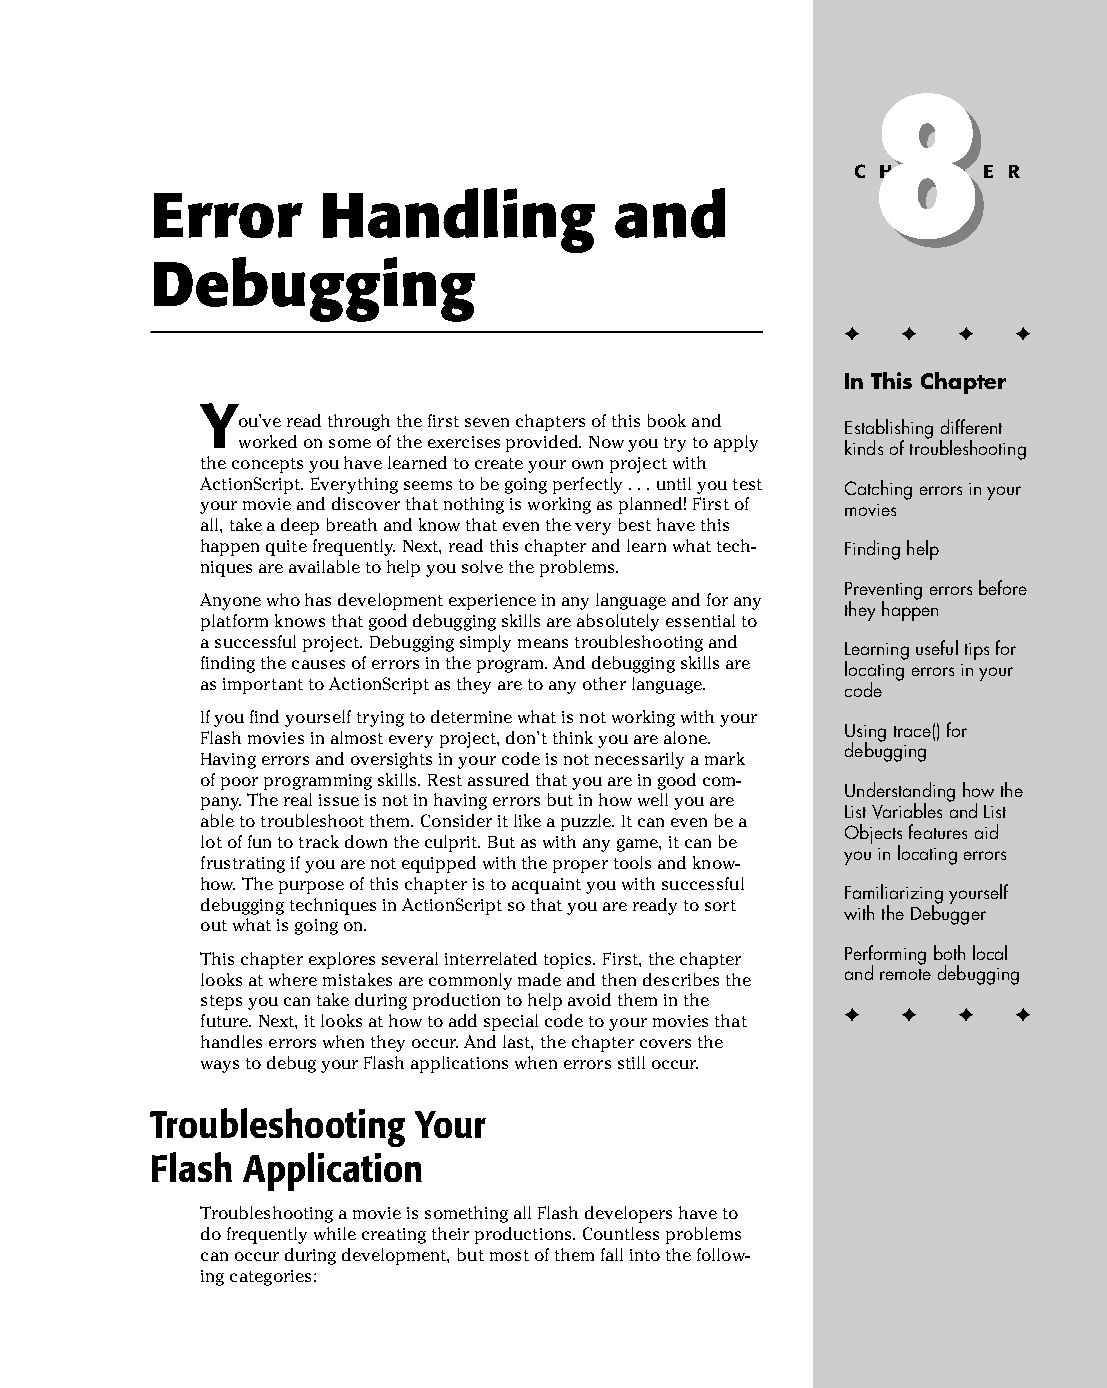
11 543547 ch08.qxd 3/24/04 3:49 PM Page 185
 8
 8
 C H A P T E R
 Error      Handling            and
 Debugging
 ✦  ✦ ✦  ✦
 In This Chapter
 Y
 ou’ve read through the first seven chapters of this book and
 Establishing different
 worked on some of the exercises provided. Now you try to apply
 kinds of troubleshooting
 the concepts you have learned to create your own project with
 ActionScript. Everything seems to be going perfectly . . . until you test Catching errors in your
 your movie and discover that nothing is working as planned! First of movies
 all, take a deep breath and know that even the very best have this
 happen quite frequently. Next, read this chapter and learn what tech­ Finding help
 niques are available to help you solve the problems.
 Preventing errors before
 Anyone who has development experience in any language and for any
 they happen
 platform knows that good debugging skills are absolutely essential to
 a successful project. Debugging simply means troubleshooting and
 Learning useful tips for
 finding the causes of errors in the program. And debugging skills are
 locating errors in your
 as important to ActionScript as they are to any other language.
 code
 If you find yourself trying to determine what is not working with your
 Using trace() for
 Flash movies in almost every project, don’t think you are alone.
 debugging
 Having errors and oversights in your code is not necessarily a mark
 of poor programming skills. Rest assured that you are in good com­
 Understanding how the
 pany. The real issue is not in having errors but in how well you are
 List Variables and List
 able to troubleshoot them. Consider it like a puzzle. It can even be a
 Objects features aid
 lot of fun to track down the culprit. But as with any game, it can be
 you in locating errors
 frustrating if you are not equipped with the proper tools and know­
 how. The purpose of this chapter is to acquaint you with successful
 Familiarizing yourself
 debugging techniques in ActionScript so that you are ready to sort
 with the Debugger
 out what is going on.
 This chapter explores several interrelated topics. First, the chapter Performing both local
 looks at where mistakes are commonly made and then describes the and remote debugging
 steps you can take during production to help avoid them in the
 ✦  ✦ ✦  ✦
 future. Next, it looks at how to add special code to your movies that
 handles errors when they occur. And last, the chapter covers the
 ways to debug your Flash applications when errors still occur.
 Troubleshooting  Your
 Flash Application
 Troubleshooting a movie is something all Flash developers have to
 do frequently while creating their productions. Countless problems
 can occur during development, but most of them fall into the follow­
 ing categories: